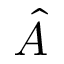
\hat { A }